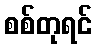
စစ်တုရင်